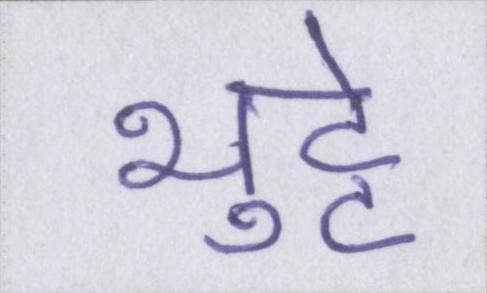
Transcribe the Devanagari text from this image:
भुट्टे